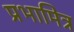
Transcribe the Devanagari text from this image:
प्रभामित्र